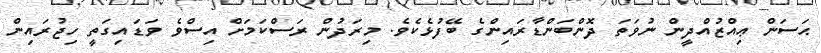
ޙަސަން ޢިއްޒުއްދީން ނުވަތަ ދޮންބަންޑާރައިންގެ ބޭފުޅެކެވެ. މިރަދުން ރަސްކަމަށް އިސްވެ ވަޑައިގަތީ ހިޖުރައިން